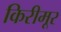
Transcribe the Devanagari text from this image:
किरीमूर